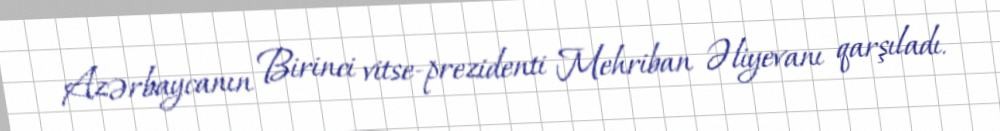
Azərbaycanın Birinci vitse-prezidenti Mehriban Əliyevanı qarşıladı.